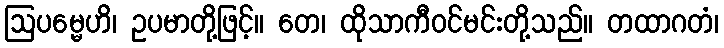
ဩပမ္မေဟိ၊ ဥပမာတို့ဖြင့်။ တေ၊ ထိုသာကီဝင်မင်းတို့သည်။ တထာဂတံ၊